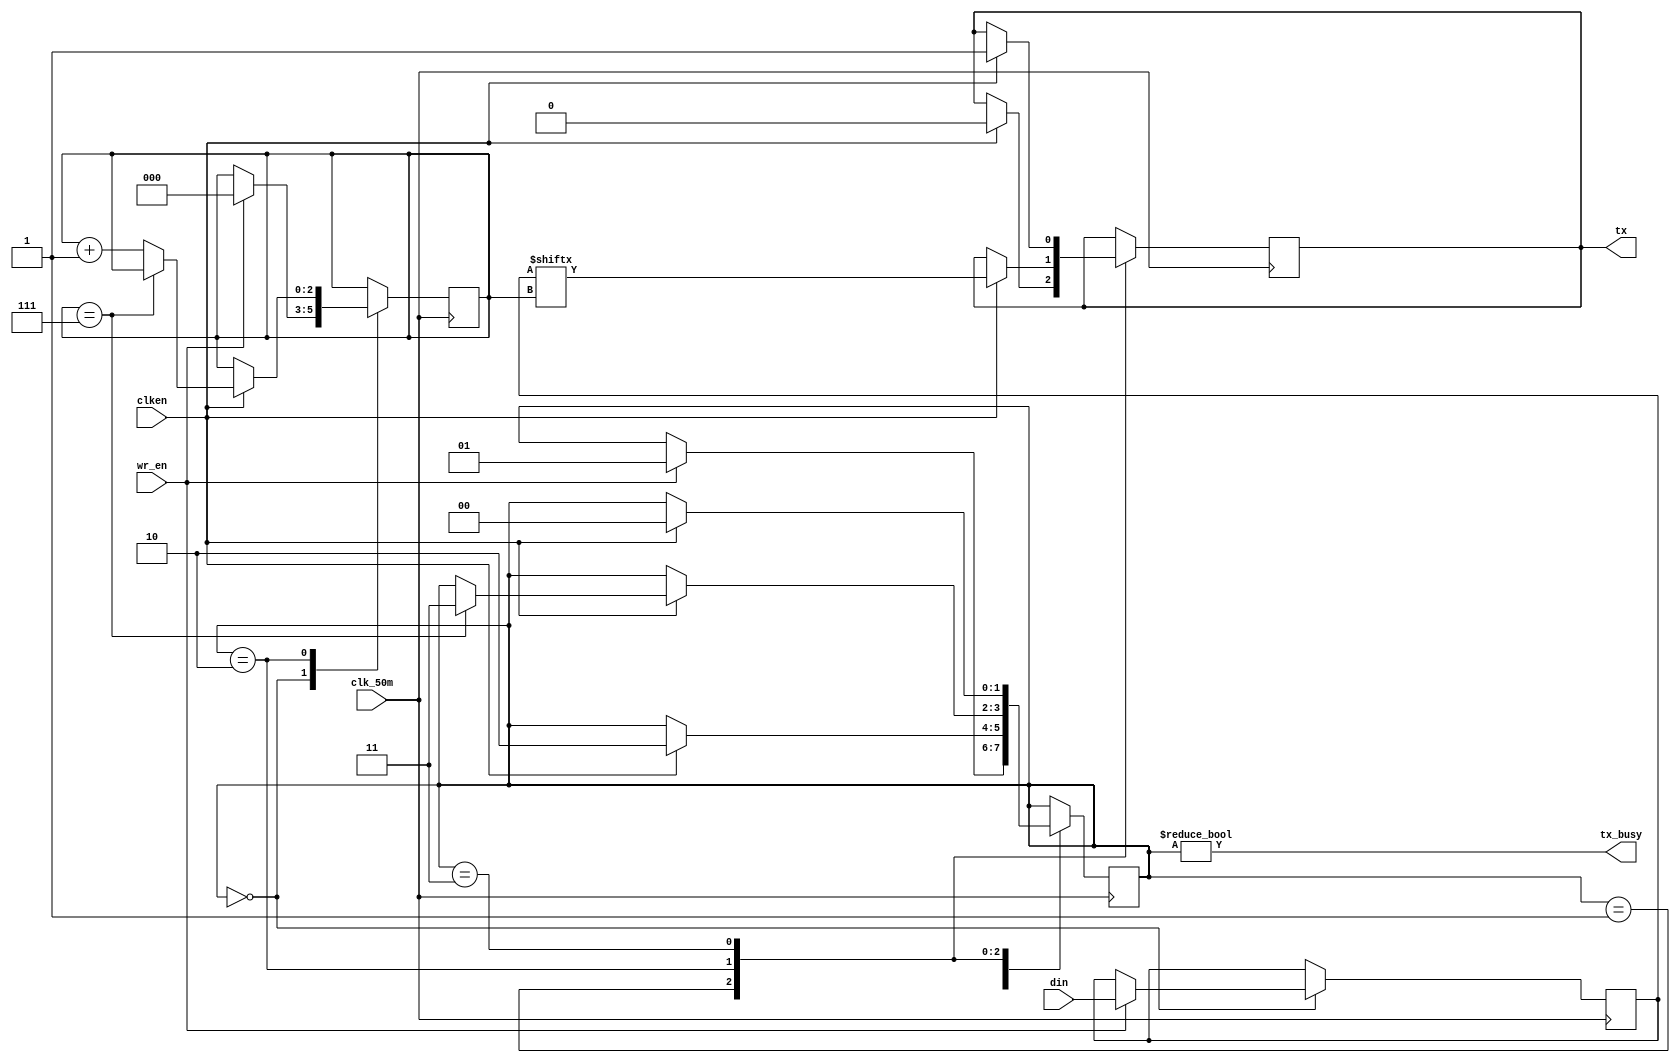
//From https://github.com/jamieiles/uart, Liscensed under GPLv2

module transmitter(input wire [7:0] din,
		   input wire wr_en,
		   input wire clk_50m,
		   input wire clken,
		   output reg tx,
		   output wire tx_busy);

initial begin
	 tx = 1'b1;
end

parameter STATE_IDLE	= 2'b00;
parameter STATE_START	= 2'b01;
parameter STATE_DATA	= 2'b10;
parameter STATE_STOP	= 2'b11;

reg [7:0] data = 8'h00;
reg [2:0] bitpos = 3'h0;
reg [1:0] state = STATE_IDLE;

always @(posedge clk_50m) begin
	case (state)
	STATE_IDLE: begin
		if (wr_en) begin
			state <= STATE_START;
			data <= din;
			bitpos <= 3'h0;
		end
	end
	STATE_START: begin
		if (clken) begin
			tx <= 1'b0;
			state <= STATE_DATA;
		end
	end
	STATE_DATA: begin
		if (clken) begin
			if (bitpos == 3'h7)
				state <= STATE_STOP;
			else
				bitpos <= bitpos + 3'h1;
			tx <= data[bitpos];
		end
	end
	STATE_STOP: begin
		if (clken) begin
			tx <= 1'b1;
			state <= STATE_IDLE;
		end
	end
	default: begin
		tx <= 1'b1;
		state <= STATE_IDLE;
	end
	endcase
end

assign tx_busy = (state != STATE_IDLE);

endmodule